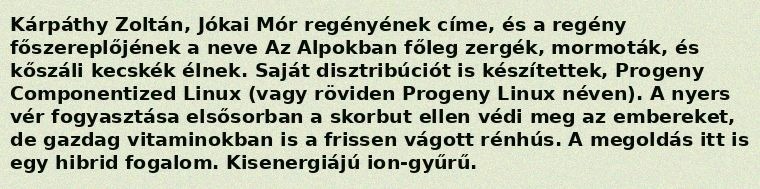
Kárpáthy Zoltán, Jókai Mór regényének címe, és a regény főszereplőjének a neve Az Alpokban főleg zergék, mormoták, és kőszáli kecskék élnek. Saját disztribúciót is készítettek, Progeny Componentized Linux (vagy röviden Progeny Linux néven). A nyers vér fogyasztása elsősorban a skorbut ellen védi meg az embereket, de gazdag vitaminokban is a frissen vágott rénhús. A megoldás itt is egy hibrid fogalom. Kisenergiájú ion-gyűrű.